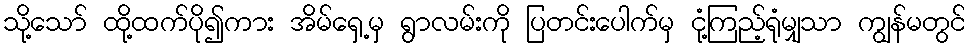
သို့သော် ထို့ထက်ပို၍ကား အိမ်ရှေ့မှ ရွာလမ်းကို ပြတင်းပေါက်မှ ငုံ့ကြည့်ရုံမျှသာ ကျွန်မတွင်